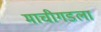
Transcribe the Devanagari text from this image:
माचीगडला